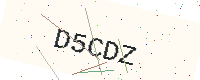
Text: D5CDZ